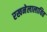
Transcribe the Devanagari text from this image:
रखनेलालायित